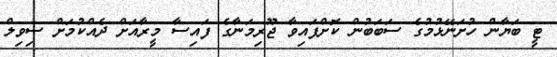
ޓީ ބަޔާން ހުށަނޭޅުމުގެ ސަބަބުން ކޮށްފައިވާ ޖޫރިމަނާގެ ފައިސާ މީރާއަށް ދެއްކުމަށް ސިވިލް